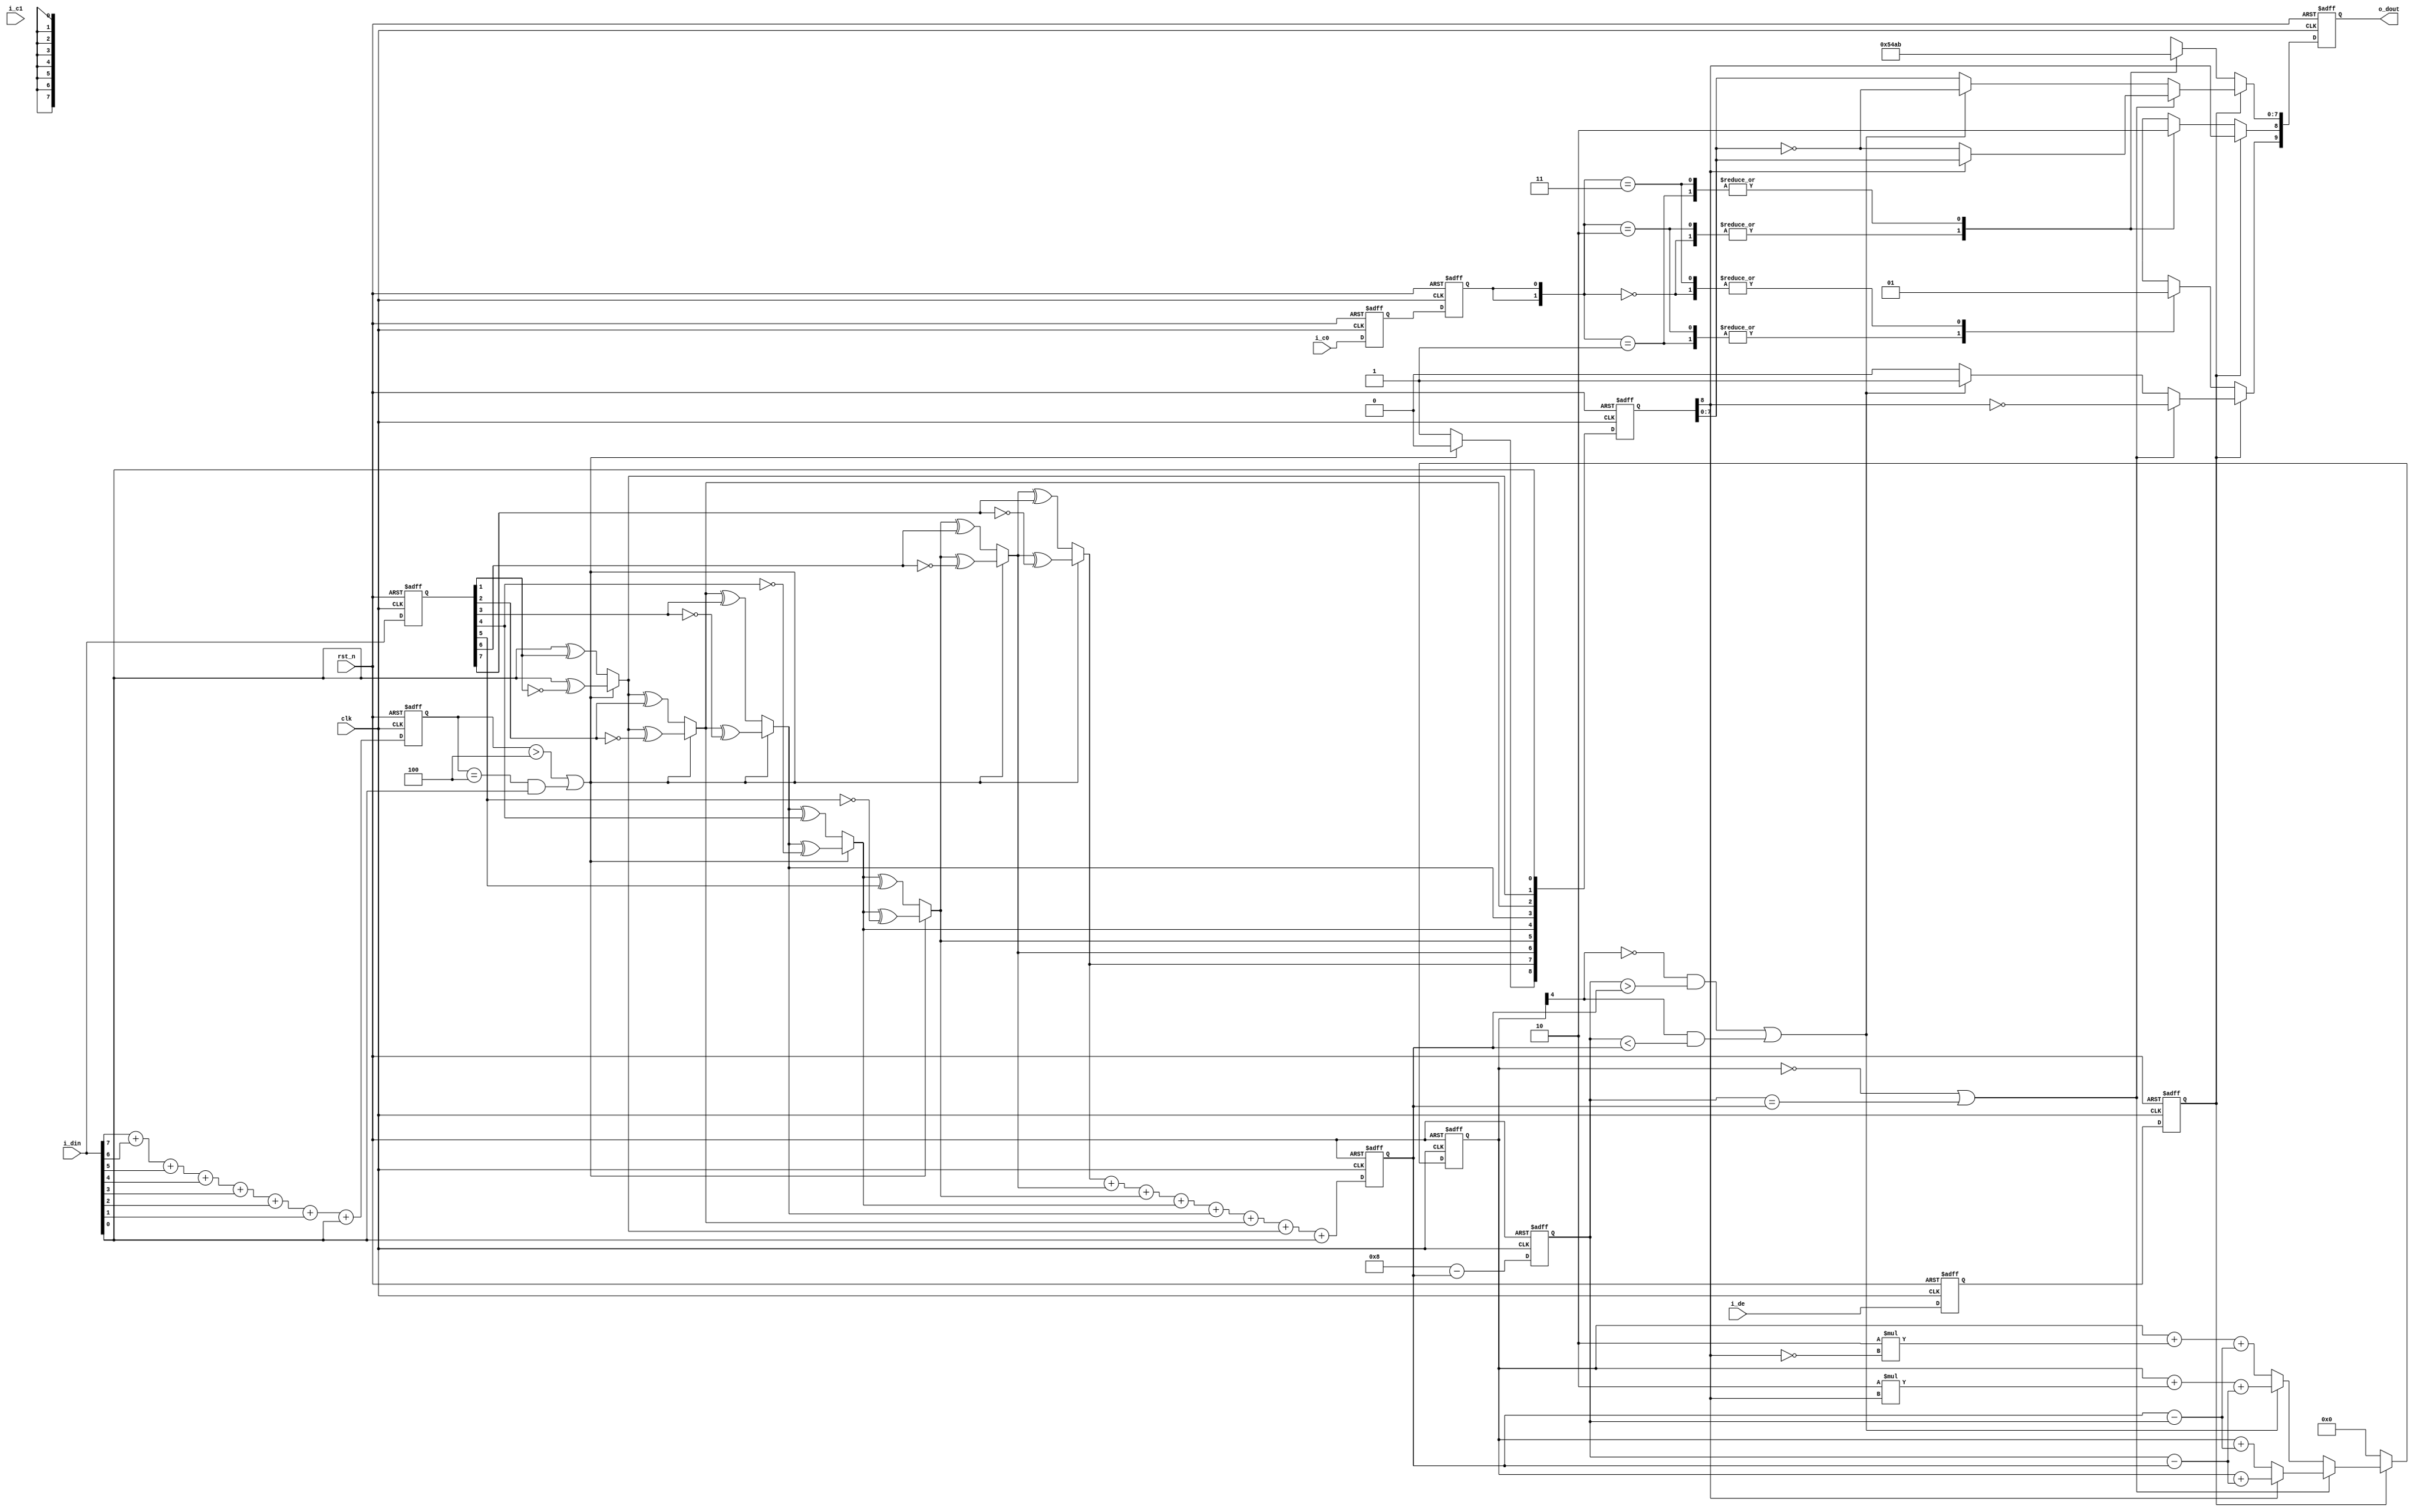
//############################################################################
//++++++++++++++++++++++++++++++++++++++++++++++++++++++++++++++++++++++++++++
//   Module Name : TMDS_encoder
//	 SPEC:
//	 **************************************
//	 | input control bit |    output      |	
//	 |*******************|   codeword     |
//	 |	 C0    |    C1   |                |
//	 *************************************|
//	 |	  0	   |    0    |   0010101011   |	=>	transmit the position information
//	 |************************************|		of the data sampling phase									 
//   |    0    |    1    |   1101010100   | =>  HDMI data clock(pixel clcok) frequency
//   |************************************|		information
//   |    1    |    0    |   0010101010   | =>	transmit information about the reverse
//   |************************************|		phase in the data sampling (complement 0010101011)
//   |    1    |    1    |   1101010101   | =>	transmit information about the reverse
//	 |************************************|		frequency in the data clock (complement 1101010100)
//++++++++++++++++++++++++++++++++++++++++++++++++++++++++++++++++++++++++++++
//############################################################################

module TMDS_encoder( // input
						clk,
						rst_n,
						i_din,
						i_c0,
						i_c1,
						i_de,
						
					 // output
						o_dout
					);
//================================================================
//  INPUT AND OUTPUT DECLARATION                         
//================================================================
// INPUT
input clk; 						// system clk
input rst_n; 					// ststem reset, negative actived
input [7:0] i_din; 				// data input
input i_de;						// data enable
input i_c0, i_c1;				// input control bit

// OUTPUT
output reg [9:0] o_dout;		// output data


//================================================================
//  integer / genvar / parameters
//================================================================
// codeword [0:9] is 00_1010_1011, therefore [9:0] 11_0101_0100, and so on.
localparam	CTRLTOKEN0	=	10'b11_0101_0100;		// HEX = 354
localparam	CTRLTOKEN1  =	10'b00_1010_1011;       // HEX = 0AB
localparam  CTRLTOKEN2  =	10'b01_0101_0100;       // HEX = 154
localparam  CTRLTOKEN3  =	10'b10_1010_1011;       // HEX = 2AB


//================================================================
//  Wires & Registers
//================================================================
/* decision */
wire w_decision_1;
wire w_decision_2;
wire w_decision_3;

reg  [3:0] r_dnum_of_1;
reg  [7:0] r_data;			// for din buffer input. if have not r_data
							// buffer, when din coming q_m always have value.
							// but r_data initial value is unknow, and every
							// cycle that update the single bit value.
wire [8:0] w_q_m;

reg  [3:0] r_qnum_of_0;
reg  [3:0] r_qnum_of_1;


/* counter for compare between current q_m and previous 
   curr q_m number of 1's/0's */
reg [4:0] r_cnt; 			// the cnt[4] is signed bit


/* delay register, becauz data_in should be through register that make the data_in delay
   one cycle period time. But dout should wait the d_in input and do encode, therefore 
   data_enable need to delay 2 cycle */
reg r_de_1, r_de_2;
reg r_c0_1, r_c0_2;
reg r_c1_1, r_c1_2;
reg [8:0] r_q_m;  			// for w_q_m delay


reg r_token_done;


//================================================================
//  number of 1 caculator in data
//================================================================
always @(posedge clk or negedge rst_n) begin
	if(!rst_n) begin
		r_dnum_of_1 <= 4'd0;
		r_data		<= 8'b0;
	end
	else begin
		r_dnum_of_1 <= i_din[7] + i_din[6] + i_din[5] + i_din[4] + i_din[3] + i_din[2] + i_din[1] + i_din[0];
		r_data	  	<= i_din;
	end
end


//================================================================
//  TMDS algo 1st decision
//================================================================
assign w_decision_1 = (r_dnum_of_1 > 3'd4) | ((r_dnum_of_1 == 3'd4) & i_din[0]);

assign w_q_m[0] = i_din[0];
assign w_q_m[1] = w_decision_1 ? (w_q_m[0] ^ ~(r_data[1])) : (w_q_m[0] ^ r_data[1]);
assign w_q_m[2] = w_decision_1 ? (w_q_m[1] ^ ~(r_data[2])) : (w_q_m[1] ^ r_data[2]);
assign w_q_m[3] = w_decision_1 ? (w_q_m[2] ^ ~(r_data[3])) : (w_q_m[2] ^ r_data[3]);
assign w_q_m[4] = w_decision_1 ? (w_q_m[3] ^ ~(r_data[4])) : (w_q_m[3] ^ r_data[4]);
assign w_q_m[5] = w_decision_1 ? (w_q_m[4] ^ ~(r_data[5])) : (w_q_m[4] ^ r_data[5]);
assign w_q_m[6] = w_decision_1 ? (w_q_m[5] ^ ~(r_data[6])) : (w_q_m[5] ^ r_data[6]);
assign w_q_m[7] = w_decision_1 ? (w_q_m[6] ^ ~(r_data[7])) : (w_q_m[6] ^ r_data[7]);
assign w_q_m[8] = w_decision_1 ? 1'b0 : 1'b1;


//================================================================
//  number of 1 caculator in q_m
//================================================================
always @(posedge clk or negedge rst_n) begin
	if(!rst_n) begin
		r_qnum_of_0 <= 4'd0;
		r_qnum_of_1 <= 4'd0;
	end
	else begin
		r_qnum_of_1 <= w_q_m[7] + w_q_m[6] + w_q_m[5] + w_q_m[4] + w_q_m[3] + w_q_m[2] + w_q_m[1] + w_q_m[0];
		r_qnum_of_0 <= 4'd8 - r_qnum_of_1;
	end
end


//================================================================
//  data delay for data synchronouns
//================================================================
always @(posedge clk or negedge rst_n) begin
	if(!rst_n) begin
		r_de_1	<=	1'b0; 
	    r_de_2	<=	1'b0; 
			 
	    r_c0_1	<=	1'b0;
	    r_c0_2	<=  1'b0;
			 
	    r_c1_1	<=	1'b0;
	    r_c1_2	<=	1'b0; 
			 
	    r_q_m 	<= 	9'd0;
	end
	else begin
		r_de_1 	<= i_de;
		r_de_2 	<= r_de_1;
			
		r_c0_1 	<= i_c0;
		r_c0_2 	<= r_c0_1;
			
		r_c1_1 	<= i_c1;
		r_c1_2 	<= r_c1_1;
			
		r_q_m  	<= w_q_m;
	end
end


//================================================================
//  TMDS algo 2st decision
//================================================================
assign w_decision_2 = (r_cnt == 5'd0) | (r_qnum_of_0 == r_qnum_of_1);


//================================================================
//  TMDS algo 3rd decision
//================================================================
assign w_decision_3 = (~r_cnt[4] & (r_qnum_of_0 > r_qnum_of_1)) | (r_cnt[4] & (r_qnum_of_0 < r_qnum_of_1));


//================================================================
//  TMDS encoding
//================================================================
always @(posedge clk or negedge rst_n) begin
	if(!rst_n) begin
		o_dout 			<= 10'd0;
		r_cnt  			<= 5'd0;
		r_token_done 	<= 1'b0;
	end
	else if(r_de_2) begin
		if(w_decision_2) begin
			o_dout[9]   <= ~r_q_m[8];
			o_dout[8]   <= r_q_m[8];
			o_dout[7:0] <= r_q_m[8] ? r_q_m[7:0] : ~(r_q_m[7:0]); 
			r_cnt 		<= r_q_m[8] ? (r_cnt + (r_qnum_of_0 - r_qnum_of_1)) : (r_cnt + (r_qnum_of_1 - r_qnum_of_0));
		end
		else begin
			if(w_decision_3) begin
				o_dout[9]   <= 1'b1;	
				o_dout[8]   <= r_q_m[8];	
				o_dout[7:0] <= ~(r_q_m[7:0]);
				r_cnt       <= r_cnt + 2*r_q_m[8] + (r_qnum_of_0 - r_qnum_of_1);
			end
			else begin
				o_dout[9]   <= 1'b0;	
				o_dout[8]   <= r_q_m[8];	
				o_dout[7:0] <= r_q_m[7:0];
				r_cnt       <= r_cnt + 2*(~r_q_m[8]) + (r_qnum_of_1 - r_qnum_of_0);
			end
		end 
	end
	else begin
		r_cnt 			<= 5'd0;
		case({r_c0_2, r_c0_2})
			2'b00 : o_dout <= CTRLTOKEN0;
			2'b01 : o_dout <= CTRLTOKEN1;
			2'b10 : o_dout <= CTRLTOKEN2;
			2'b11 : o_dout <= CTRLTOKEN3;
		endcase
	end
end

endmodule